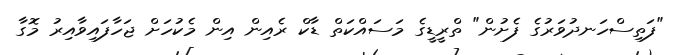
"ފަތިސްހަނދުވަރުގެ ފެށުން" ތްރީޑީގެ މަސައްކަތް ޑާކް ރެއިން އިން މެކުހަށް ޖަހާފައިވާއިރު މޮގާ